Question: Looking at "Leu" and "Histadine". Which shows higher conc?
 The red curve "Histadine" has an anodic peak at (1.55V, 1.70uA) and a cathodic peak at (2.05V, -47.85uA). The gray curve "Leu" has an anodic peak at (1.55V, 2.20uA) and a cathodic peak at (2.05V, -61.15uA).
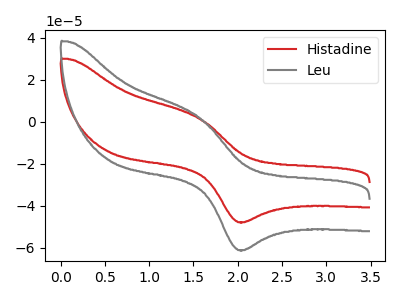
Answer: <think>All the peaks in "Leu" have a peak in "Histadine" at the same potential. Every peak in "Leu" is higher than every peak in "Histadine".
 </think>
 <answer>"Leu" has more signal than "Histadine" and so likely has a higher concentration.</answer>
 <eval>more_concentration</eval>